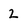
Character: 2